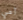
آمي